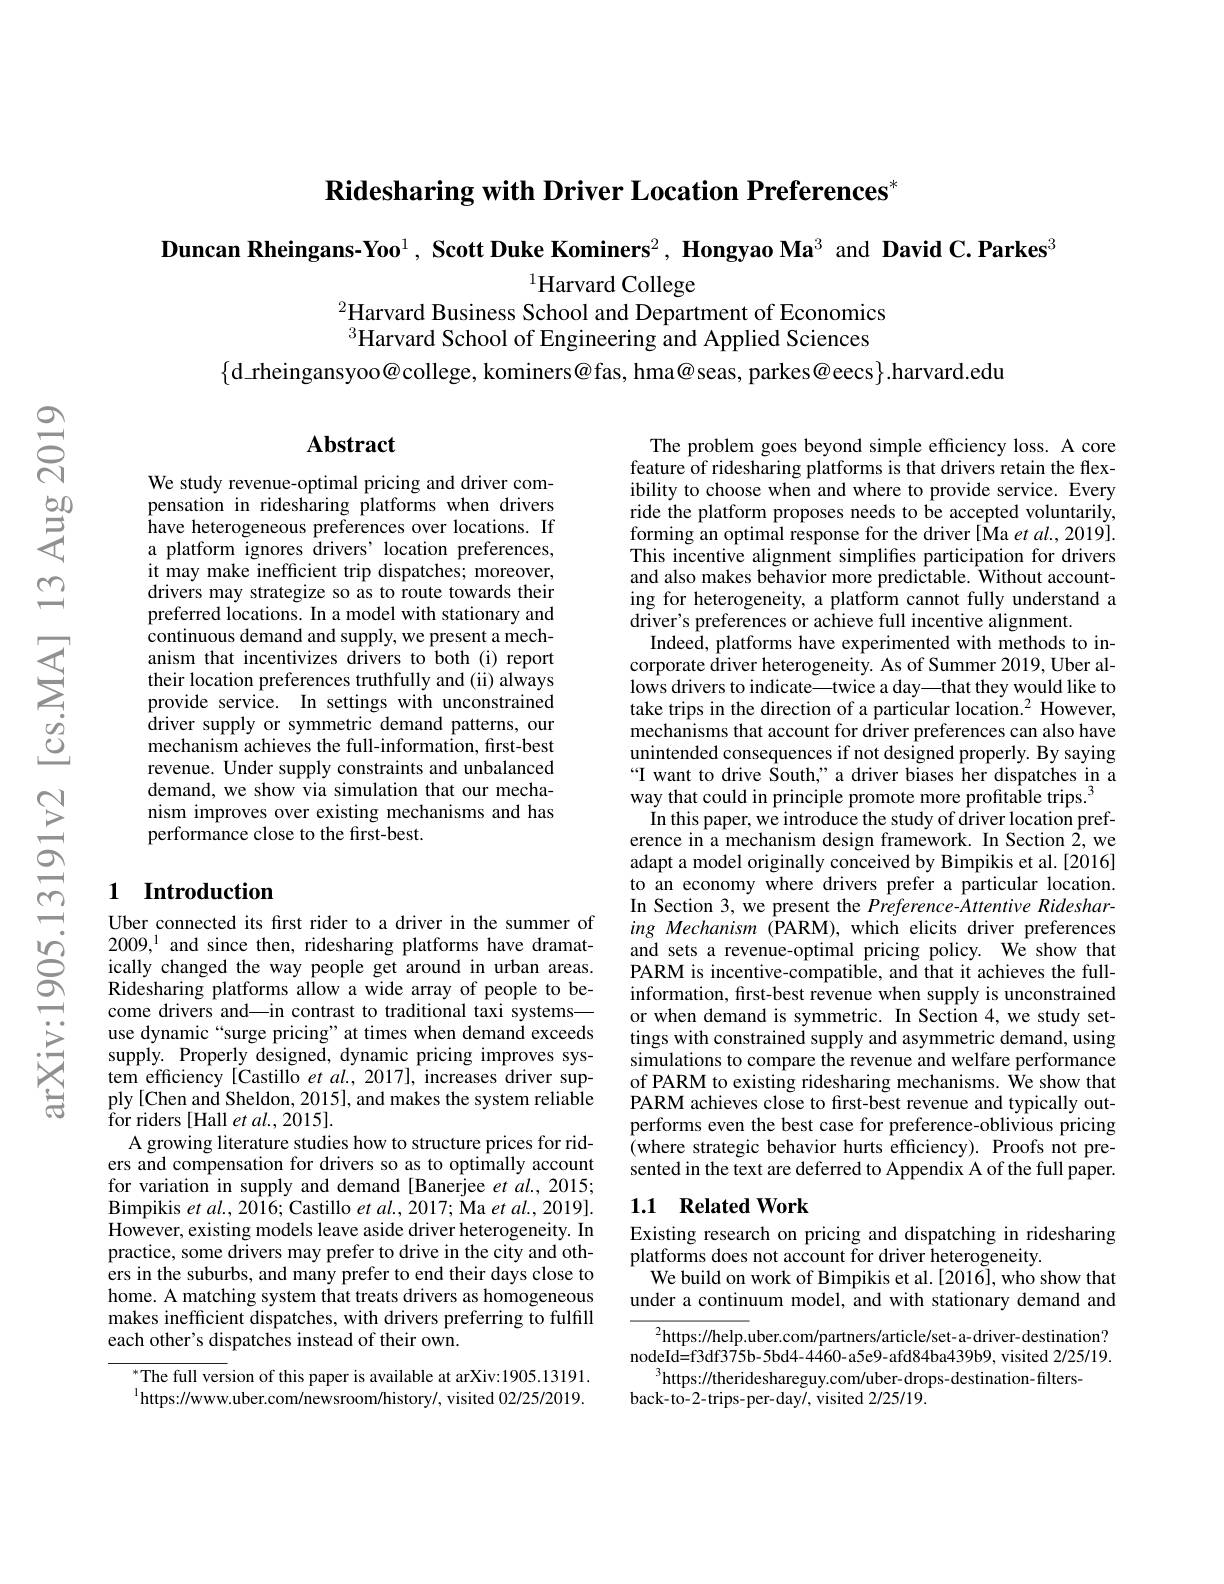
$\textbf{Ridesharing with Driver Location Preferences}^*$

Duncan Rheingans-Yoo$^{1},\textbf{ScottDukeKominers}^{2},\textbf{HongyaoMa}^{3}$ and David C.Parkes$^{3}$

$^{1}$Harvard College
$^{2}$Harvard Business School and Department of Economics

$^{3}$Harvard School of Engineering and Applied Sciences

$\{$d\_rheingansyoo@college, kominers@fas, hma@seas, parkes@eecs$\}.$harvard.edu

## $\mathbf{Abstract}$

We study revenue-optimal pricing and driver compensation in ridesharing platforms when drivers have heterogeneous preferences over locations. If a platform ignores drivers' location preferences, it may make inefficient trip dispatches; moreover, drivers may strategize so as to route towards their preferred locations. In a model with stationary and continuous demand and supply, we present a mechanism that incentivizes drivers to both (i) report their location preferences truthfully and (ii) always provide service. In settings with unconstrained ${\mathrm{driver~supply~or~symmetric~demand~patterns,~our}}$ mechanism achieves the full-information, first-best revenue. Under supply constraints and unbalanced demand, we show via simulation that our mechanism improves over existing mechanisms and has performance close to the first-best.

## 1 Introduction

Uber connected its frst rider to a driver in the summer of 2009, and since then, ridesharing platforms have dramatically changed the way people get around in urban areas. Ridesharing platforms allow a wide array of people to become drivers and—in contrast to traditional taxi systems— use dynamic “surge pricing” at times when demand exceeds supply. Properly designed, dynamic pricing improves system efficiency [Castillo $et$ al., 2017], increases driver supply[Chen and Sheldon, 2015], and makes the system reliable ${\mathrm{for~riders~[Hall~et~al.,~2015].}}$
A growing literature studies how to structure prices for riders and compensation for drivers so as to optimally account for variation in supply and demand [Banerjee et al., 2015; Bimpikis et al. , 2016; Castillo et al. , 2017; Ma et al. , 2019] . However, existing models leave aside driver heterogeneity. In practice, some drivers may prefer to drive in the city and others in the suburbs, and many prefer to end their days close to home. A matching system that treats drivers as homogeneous makes inefficient dispatches, with drivers preferring to fulfill each other's dispatches instead of their own.

The full version of this paper is available at arXiv:1905.13191. $^{1}$https://www.uber.com/newsroom/history/,visited 02/25/2019.

The problem goes beyond simple efficiency loss. A core feature of ridesharing platforms is that drivers retain the flexibility to choose when and where to provide service. Every ride the platform proposes needs to be accepted voluntarily, forming an optimal response for the driver[Ma et al., 2019]. This incentive alignment simplifes participation for drivers and also makes behavior more predictable. Without accounting for heterogeneity, a platform cannot fully understand a driver's preferences or achieve full incentive alignment.
Indeed, platforms have experimented with methods to incorporate driver heterogeneity. As of Summer 2019, Uber allows drivers to indicate—twice a day—that they would like to take trips in the direction of a particular location.$^2$ However, mechanisms that account for driver preferences can also have unintended consequences if not designed properly. By saying “I want to drive South,” a driver biases her dispatches in a way that could in principle promote more profitable trips.$^{3}$
In this paper, we introduce the study of driver location preference in a mechanism design framework. In Section 2, we adapt a model originally conceived by Bimpikis et al.[2016] to an economy where drivers prefer a particular location. In Section 3, we present the Preference-Attentive Ridesharing Mechanism (PARM), which elicits driver preferences and sets a revenue-optimal pricing policy. We show that PARM is incentive-compatible, and that it achieves the fullinformation, first-best revenue when supply is unconstrained or when demand is symmetric. In Section 4, we study settings with constrained supply and asymmetric demand, using simulations to compare the revenue and welfare performance of PARM to existing ridesharing mechanisms. We show that PARM achieves close to frst-best revenue and typically outperforms even the best case for preference-oblivious pricing (where strategic behavior hurts efficiency). Proofs not presented in the text are deferred to Appendix A of the full paper. 1.1 Related Work

Existing research on pricing and dispatching in ridesharing
platforms does not account for driver heterogeneity.
We build on work of Bimpikis et al.[2016], who show that under a continuum model, and with stationary demand and

$^{2}$https://help.uber.com/partners/article/set-a-driver-destination? nodeId=f3df375b-5bd4-4460-a5e9-afd84ba439b9, visited 2/25/19.
$^3$https://therideshareguy.com/uber-drops-destination-filters-
back-to-2-trips-per-day/, visited 2/25/19.